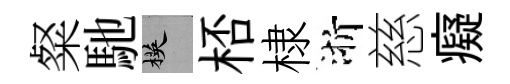
粲馳楧桮棣浙慈癡